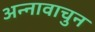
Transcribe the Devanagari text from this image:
अन्नावाचुन